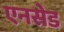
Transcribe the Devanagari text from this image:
एनसेड